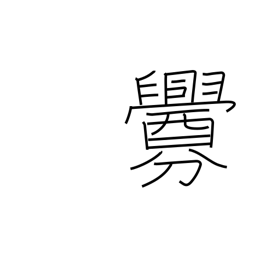
Meaning: smear with blood